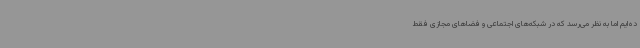
ده‌ایم اما به نظر می‌رسد که در شبکه‌های اجتماعی و فضاهای مجازی فقط